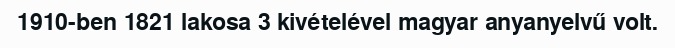
1910-ben 1821 lakosa 3 kivételével magyar anyanyelvű volt.